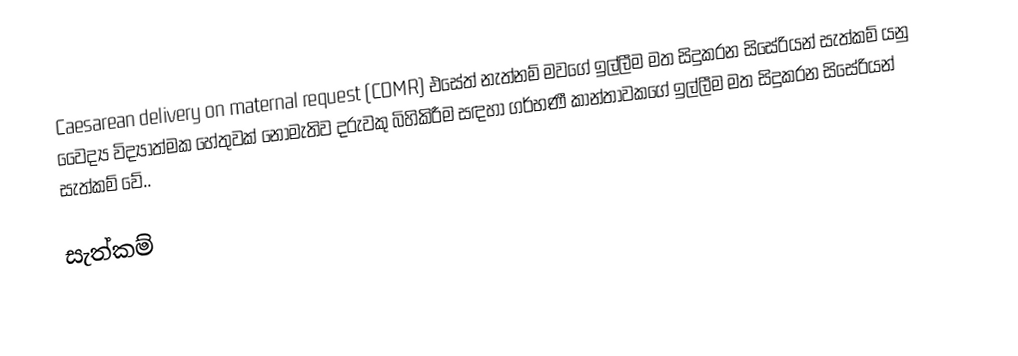
Caesarean delivery on maternal request (CDMR) එසේත් නැත්නම් මවගේ ඉල්ලීම මත සිදුකරන සිසේරියන් සැත්කම් යනු වෛද්‍ය විද්‍යාත්මක හේතුවක් නොමැතිව දරුවකු බිහිකිරීම සඳහා ගර්භණී කාන්තාවකගේ ඉල්ලීම මත සිදුකරන සිසේරියන් සැත්කම් වේ..

සැත්කම්